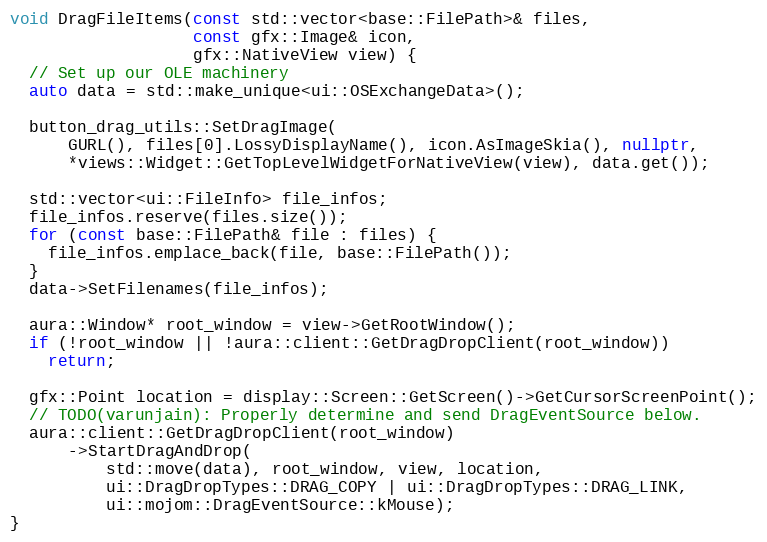
Language: C++
void DragFileItems(const std::vector<base::FilePath>& files,
                   const gfx::Image& icon,
                   gfx::NativeView view) {
  // Set up our OLE machinery
  auto data = std::make_unique<ui::OSExchangeData>();

  button_drag_utils::SetDragImage(
      GURL(), files[0].LossyDisplayName(), icon.AsImageSkia(), nullptr,
      *views::Widget::GetTopLevelWidgetForNativeView(view), data.get());

  std::vector<ui::FileInfo> file_infos;
  file_infos.reserve(files.size());
  for (const base::FilePath& file : files) {
    file_infos.emplace_back(file, base::FilePath());
  }
  data->SetFilenames(file_infos);

  aura::Window* root_window = view->GetRootWindow();
  if (!root_window || !aura::client::GetDragDropClient(root_window))
    return;

  gfx::Point location = display::Screen::GetScreen()->GetCursorScreenPoint();
  // TODO(varunjain): Properly determine and send DragEventSource below.
  aura::client::GetDragDropClient(root_window)
      ->StartDragAndDrop(
          std::move(data), root_window, view, location,
          ui::DragDropTypes::DRAG_COPY | ui::DragDropTypes::DRAG_LINK,
          ui::mojom::DragEventSource::kMouse);
}